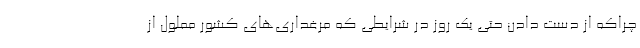
چراکه از دست دادن حتی یک روز در شرایطی که مرغداری‌های کشور مملول از